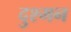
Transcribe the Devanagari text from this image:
दुश्‍मन